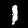
Digit: 1